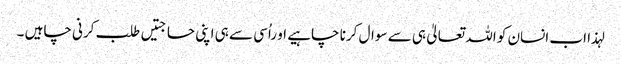
لہذا اب انسان کو اللہ تعالیٰ ہی سے سوال کرنا چاہیے او راُسی سے ہی اپنی حاجتیں طلب کرنی چاہیں ۔